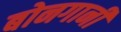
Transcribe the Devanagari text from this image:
बोनगानी